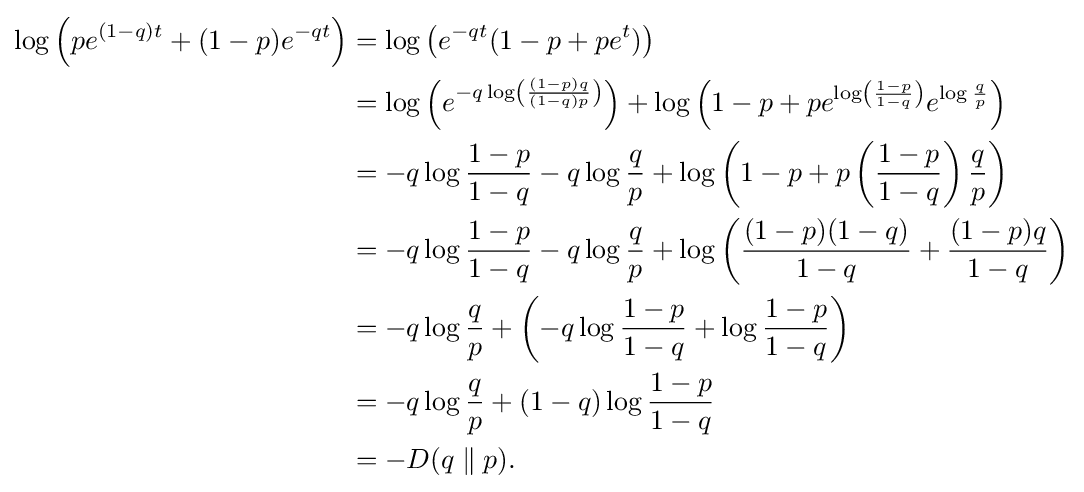
{\begin{aligned}\log \left(pe^{(1-q)t}+(1-p)e^{-qt}\right)&=\log \left(e^{-qt}(1-p+pe^{t})\right)\\&=\log \left(e^{-q\log \left({\frac {(1-p)q}{(1-q)p}}\right)}\right)+\log \left(1-p+pe^{\log \left({\frac {1-p}{1-q}}\right)}e^{\log {\frac {q}{p}}}\right)\\&=-q\log {\frac {1-p}{1-q}}-q\log {\frac {q}{p}}+\log \left(1-p+p\left({\frac {1-p}{1-q}}\right){\frac {q}{p}}\right)\\&=-q\log {\frac {1-p}{1-q}}-q\log {\frac {q}{p}}+\log \left({\frac {(1-p)(1-q)}{1-q}}+{\frac {(1-p)q}{1-q}}\right)\\&=-q\log {\frac {q}{p}}+\left(-q\log {\frac {1-p}{1-q}}+\log {\frac {1-p}{1-q}}\right)\\&=-q\log {\frac {q}{p}}+(1-q)\log {\frac {1-p}{1-q}}\\&=-D(q\parallel p).\end{aligned}}